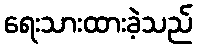
ရေးသားထားခဲ့သည်